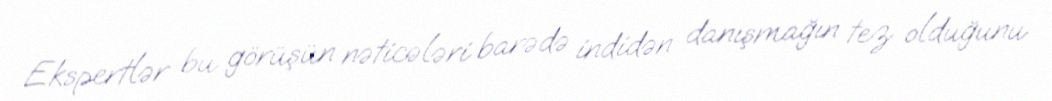
Ekspertlər bu görüşün nəticələri barədə indidən danışmağın tez olduğunu